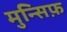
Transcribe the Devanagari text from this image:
मुन्सिफ़